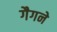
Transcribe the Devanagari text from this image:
गैगने